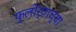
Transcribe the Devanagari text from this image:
फुलोर्‍याच्या